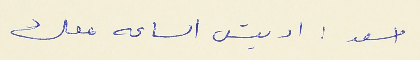
اسعد : اديش الساعه معك